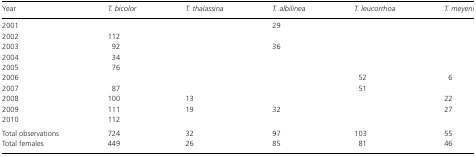
<table><thead><tr><td><b>Year</b></td><td><b><i>T. bicolor</i></b></td><td><b><i>T. thalassina</i></b></td><td><b><i>T. albilinea</i></b></td><td><b><i>T. leucorrhoa</i></b></td><td><b><i>T. meyeni</i></b></td></tr></thead><tbody><tr><td>2001</td><td></td><td></td><td>29</td><td></td><td></td></tr><tr><td>2002</td><td>112</td><td></td><td></td><td></td><td></td></tr><tr><td>2003</td><td>92</td><td></td><td>36</td><td></td><td></td></tr><tr><td>2004</td><td>34</td><td></td><td></td><td></td><td></td></tr><tr><td>2005</td><td>76</td><td></td><td></td><td></td><td></td></tr><tr><td>2006</td><td></td><td></td><td></td><td>52</td><td>6</td></tr><tr><td>2007</td><td>87</td><td></td><td></td><td>51</td><td></td></tr><tr><td>2008</td><td>100</td><td>13</td><td></td><td></td><td>22</td></tr><tr><td>2009</td><td>111</td><td>19</td><td>32</td><td></td><td>27</td></tr><tr><td>2010</td><td>112</td><td></td><td></td><td></td><td></td></tr><tr><td>Total observations</td><td>724</td><td>32</td><td>97</td><td>103</td><td>55</td></tr><tr><td>Total females</td><td>449</td><td>26</td><td>85</td><td>81</td><td>46</td></tr></tbody></table>